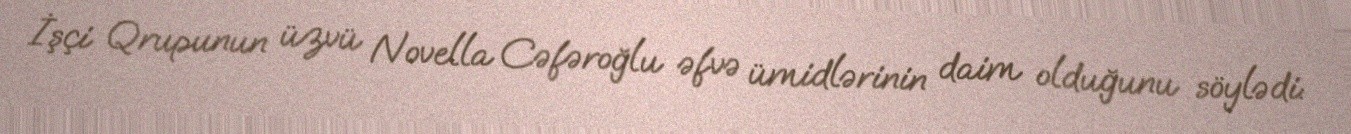
İşçi Qrupunun üzvü Novella Cəfəroğlu əfvə ümidlərinin daim olduğunu söylədi: